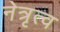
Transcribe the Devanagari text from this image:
नेत्रृत्व